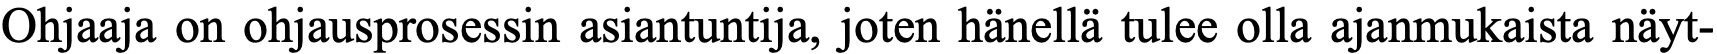
Ohjaaja on ohjausprosessin asiantuntija, joten hänellä tulee olla ajanmukaista näyt-